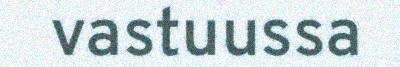
vastuussa